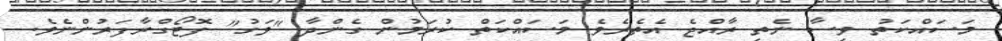
މަސައްކަތު ވިސާ ނެތި ރާއްޖެ އެތެރެވެ މަސައްކަތް ކުރަމުން ގެންދާ "ވަގު" ފޮޓޯގްރާފަރުންނެވެ.